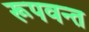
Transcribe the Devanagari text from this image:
रूपवन्त